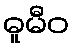
ဓူမီဝ